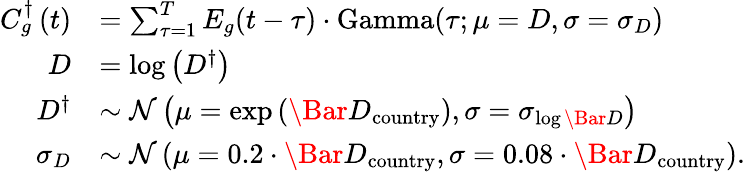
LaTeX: \begin{array}{rl}{C_{g}^{\dagger}\left(t\right)}&{=\sum_{\tau=1}^{T}E_{g}(t-\tau)\cdot\mathrm{Gamma}(\tau;\mu=D,\sigma=\sigma_{D})}\\ {D}&{=\log\left(D^{\dagger}\right)}\\ {D^{\dagger}}&{\sim\mathcal{N}\left(\mu=\mathrm{exp}\left(\Bar{D}_{\mathrm{country}}\right),\sigma=\sigma_{\log\Bar{D}}\right)}\\ {\sigma_{D}}&{\sim\mathcal{N}\left(\mu=0.2\cdot\Bar{D}_{\mathrm{country}},\sigma=0.08\cdot\Bar{D}_{\mathrm{country}}\right).}\end{array}